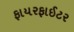
ફાયરફાઈટર